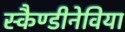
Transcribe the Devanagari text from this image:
स्कैण्डीनेविया